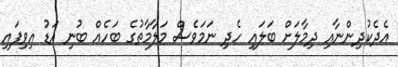
އެދެކުދިންނާއި ދިމާލަށް ބަލައި ހެދި ނަމަވެސް މަލާމާތުގެ ބަހެއް ބުނި އަޑު އިވިފައި